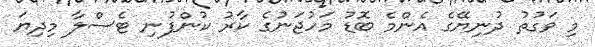
މި ވަގުތު ދުނިޔޭގެ އެންމެ ބޮޑު މަހުޖަނުގެ ކާރު ކުންފުނި ޓެސްލާ މިދިޔަ